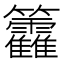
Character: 籱